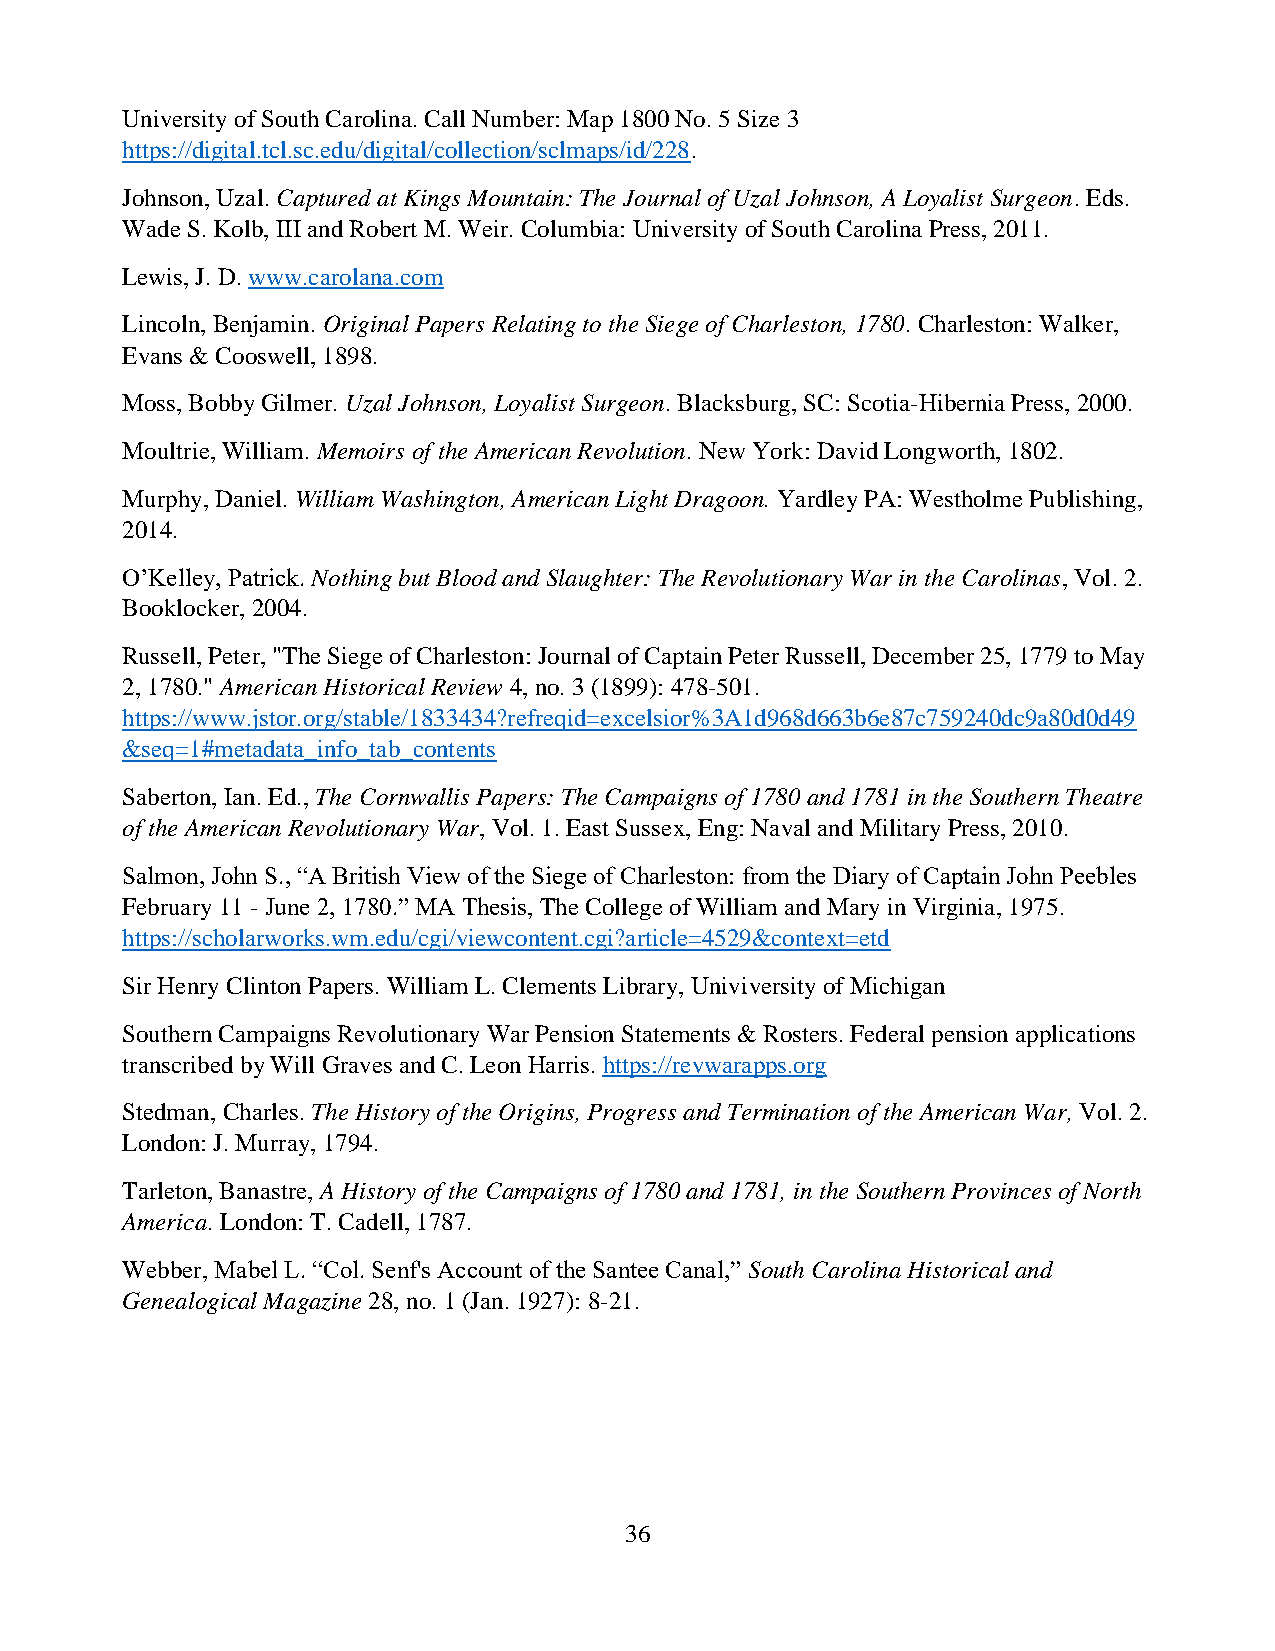
University of South Carolina. Call Number: Map 1800 No. 5 Size 3
 https://digital.tcl.sc.edu/digital/collection/sclmaps/id/228.
 Johnson, Uzal. Captured at Kings Mountain: The Journal of Uzal Johnson, A Loyalist Surgeon. Eds.
 Wade S. Kolb, III and Robert M. Weir. Columbia: University of South Carolina Press, 2011.
 Lewis, J. D. www.carolana.com
 Lincoln, Benjamin. Original Papers Relating to the Siege of Charleston, 1780. Charleston: Walker,
 Evans & Cooswell, 1898.
 Moss, Bobby Gilmer. Uzal Johnson, Loyalist Surgeon. Blacksburg, SC: Scotia-Hibernia Press, 2000.
 Moultrie, William. Memoirs of the American Revolution. New York: David Longworth, 1802.
 Murphy, Daniel. William Washington, American Light Dragoon. Yardley PA: Westholme Publishing,
 2014.
 O’Kelley, Patrick. Nothing but Blood and Slaughter: The Revolutionary War in the Carolinas, Vol. 2.
 Booklocker, 2004.
 Russell, Peter, "The Siege of Charleston: Journal of Captain Peter Russell, December 25, 1779 to May
 2, 1780." American Historical Review 4, no. 3 (1899): 478-501.
 https://www.jstor.org/stable/1833434?refreqid=excelsior%3A1d968d663b6e87c759240dc9a80d0d49
 &seq=1#metadata_info_tab_contents
 Saberton, Ian. Ed., The Cornwallis Papers: The Campaigns of 1780 and 1781 in the Southern Theatre
 of the American Revolutionary War, Vol. 1. East Sussex, Eng: Naval and Military Press, 2010.
 Salmon, John S., “A British View of the Siege of Charleston: from the Diary of Captain John Peebles
 February 11 - June 2, 1780.” MA Thesis, The College of William and Mary in Virginia, 1975.
 https://scholarworks.wm.edu/cgi/viewcontent.cgi?article=4529&context=etd
 Sir Henry Clinton Papers. William L. Clements Library, Univiversity of Michigan
 Southern Campaigns Revolutionary War Pension Statements & Rosters. Federal pension applications
 transcribed by Will Graves and C. Leon Harris. https://revwarapps.org
 Stedman, Charles. The History of the Origins, Progress and Termination of the American War, Vol. 2.
 London: J. Murray, 1794.
 Tarleton, Banastre, A History of the Campaigns of 1780 and 1781, in the Southern Provinces of North
 America. London: T. Cadell, 1787.
 Webber, Mabel L. “Col. Senf's Account of the Santee Canal,” South Carolina Historical and
 Genealogical Magazine 28, no. 1 (Jan. 1927): 8-21.
 36